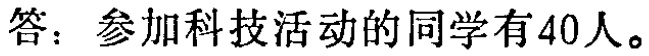
答：参加科技活动的同学有40人。